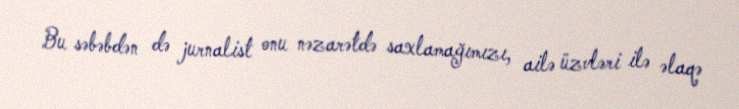
Bu səbəbdən də jurnalist onu nəzarətdə saxlamağımızı, ailə üzvləri ilə əlaqə